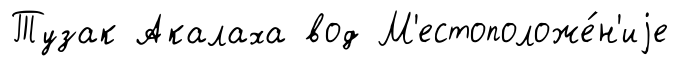
Тузак Акалаха вод М'естоположе́н'иjе